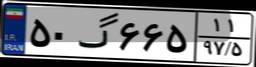
۱۱گ۲۴۴۰۸